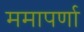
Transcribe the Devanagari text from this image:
ममापर्णा